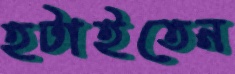
হটাইতেন